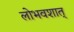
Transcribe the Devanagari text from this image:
लोभवशात्